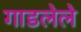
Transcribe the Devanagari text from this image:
गाडलेले